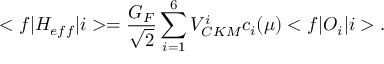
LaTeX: < f | H _ { e f f } | i > = { \frac { G _ { F } } { \sqrt 2 } } \sum _ { i = 1 } ^ { 6 } V _ { C K M } ^ { i } c _ { i } ( \mu ) < f | O _ { i } | i > .